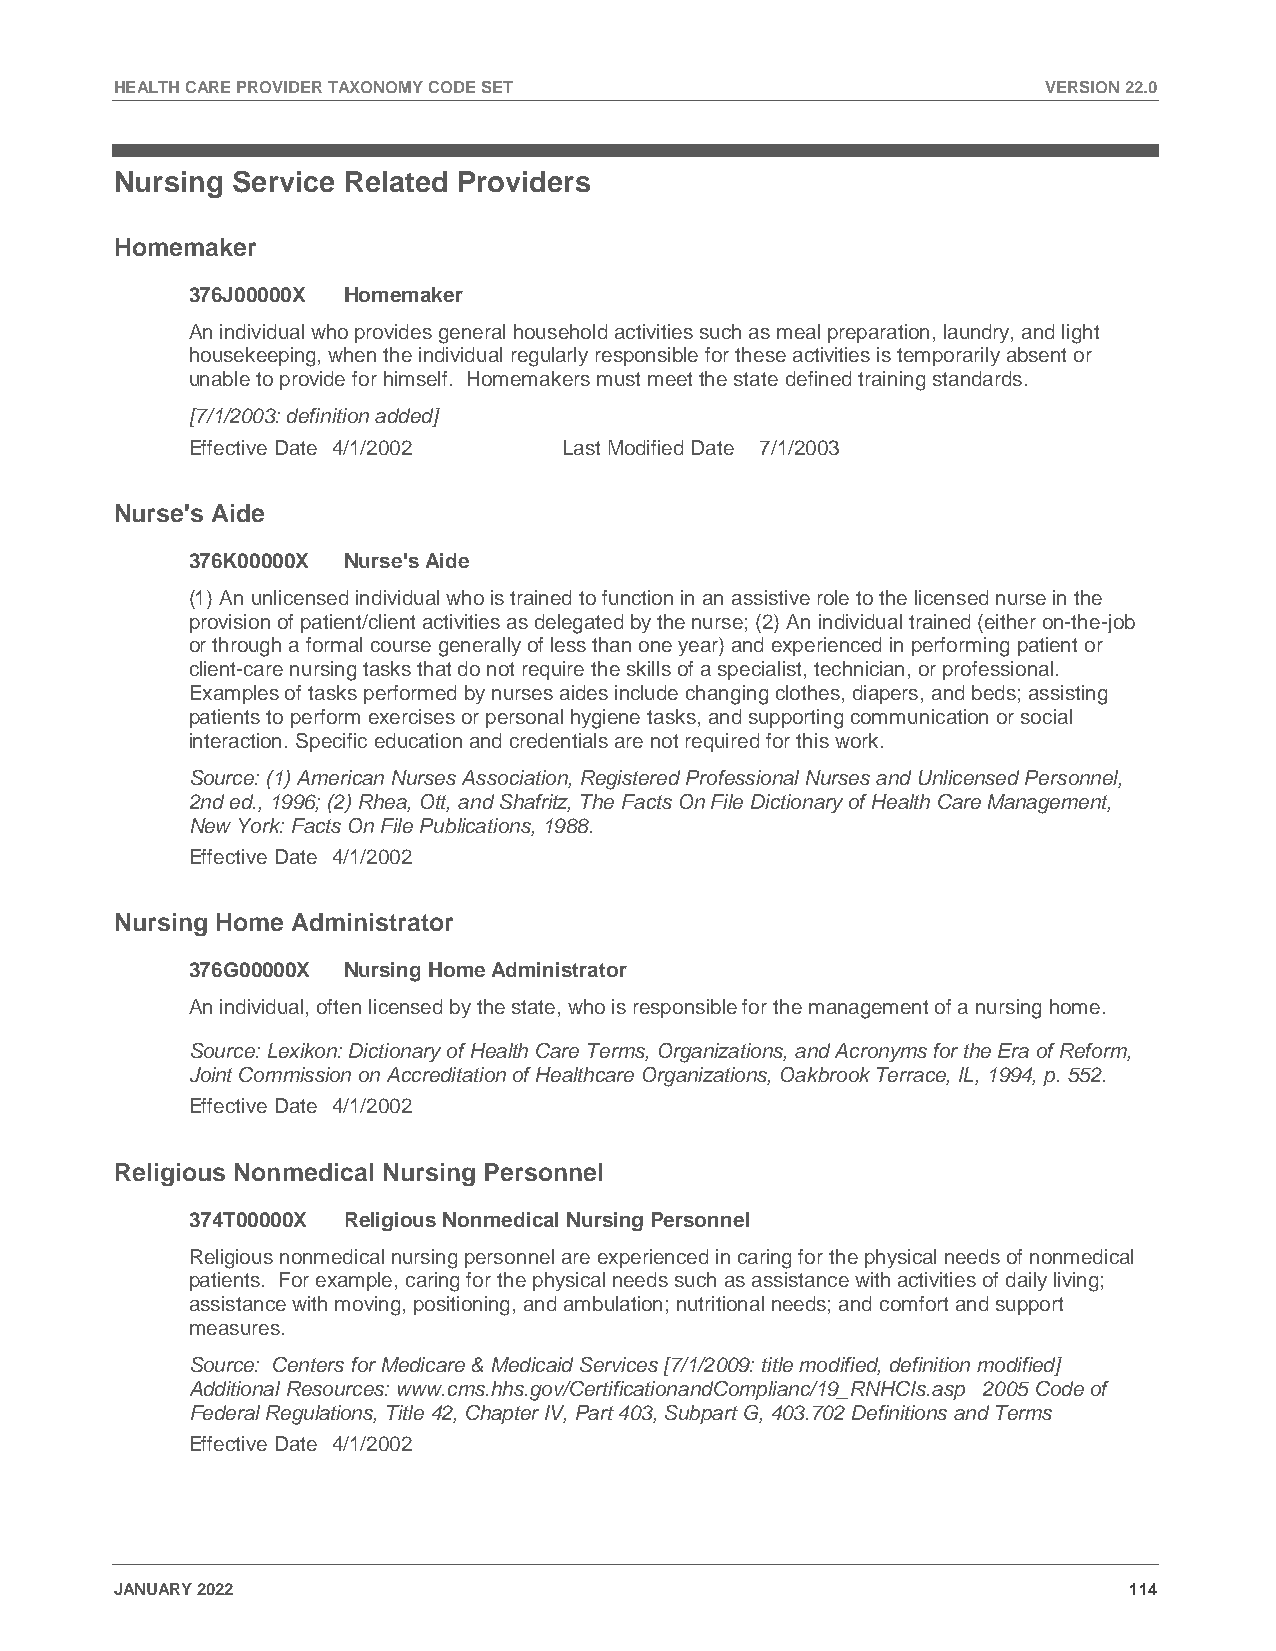
HEALTH CARE PROVIDER TAXONOMY CODE SET                       VERSION 22.0
 Nursing Service Related Providers
 Homemaker
 376J00000X Homemaker
 An individual who provides general household activities such as meal preparation, laundry, and light
 housekeeping, when the individual regularly responsible for these activities is temporarily absent or
 unable to provide for himself. Homemakers must meet the state defined training standards.
 [7/1/2003: definition added]
 Effective Date 4/1/2002  Last Modified Date 7/1/2003
 Nurse's Aide
 376K00000X Nurse's Aide
 (1) An unlicensed individual who is trained to function in an assistive role to the licensed nurse in the
 provision of patient/client activities as delegated by the nurse; (2) An individual trained (either on-the-job
 or through a formal course generally of less than one year) and experienced in performing patient or
 client-care nursing tasks that do not require the skills of a specialist, technician, or professional.
 Examples of tasks performed by nurses aides include changing clothes, diapers, and beds; assisting
 patients to perform exercises or personal hygiene tasks, and supporting communication or social
 interaction. Specific education and credentials are not required for this work.
 Source: (1) American Nurses Association, Registered Professional Nurses and Unlicensed Personnel,
 2nd ed., 1996; (2) Rhea, Ott, and Shafritz, The Facts On File Dictionary of Health Care Management,
 New York: Facts On File Publications, 1988.
 Effective Date 4/1/2002
 Nursing Home Administrator
 376G00000X Nursing Home Administrator
 An individual, often licensed by the state, who is responsible for the management of a nursing home.
 Source: Lexikon: Dictionary of Health Care Terms, Organizations, and Acronyms for the Era of Reform,
 Joint Commission on Accreditation of Healthcare Organizations, Oakbrook Terrace, IL, 1994, p. 552.
 Effective Date 4/1/2002
 Religious Nonmedical Nursing Personnel
 374T00000X Religious Nonmedical Nursing Personnel
 Religious nonmedical nursing personnel are experienced in caring for the physical needs of nonmedical
 patients. For example, caring for the physical needs such as assistance with activities of daily living;
 assistance with moving, positioning, and ambulation; nutritional needs; and comfort and support
 measures.
 Source: Centers for Medicare & Medicaid Services [7/1/2009: title modified, definition modified]
 Additional Resources: www.cms.hhs.gov/CertificationandComplianc/19_RNHCIs.asp 2005 Code of
 Federal Regulations, Title 42, Chapter IV, Part 403, Subpart G, 403.702 Definitions and Terms
 Effective Date 4/1/2002
 JANUARY 2022                                                       114